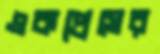
একপ্রেসের